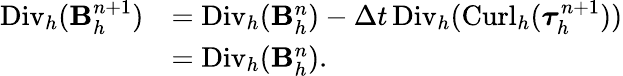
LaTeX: \begin{array}{rl}{{\mathrm{Div}_{h}}(\mathbf B_{h}^{n+1})}&{={\mathrm{Div}_{h}}(\mathbf B_{h}^{n})-\Delta t\, {\mathrm{Div}_{h}}({\mathrm{Curl}_{h}}(\boldsymbol{\tau}_{h}^{n+1}))}\\ &{={\mathrm{Div}_{h}}(\mathbf B_{h}^{n}).}\end{array}